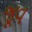
જૂવ